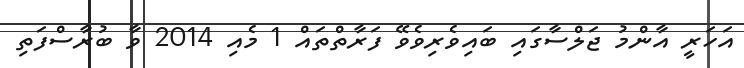
އަހަރީ އާންމު ޖަލްސާގައި ބައިވެރިވެވޭ ފަރާތްތައް 1 މެއި 2014 ވާ ބުރާސްފަތި